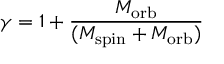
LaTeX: \gamma = 1 + { \frac { M _ { \mathrm { o r b } } } { ( M _ { \mathrm { s p i n } } + M _ { \mathrm { o r b } } ) } }